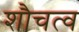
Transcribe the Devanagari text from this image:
शौचत्व